Annual report of the Central Committee of the Association together with the report of the directors of the Pasteur Institute at Kasauli
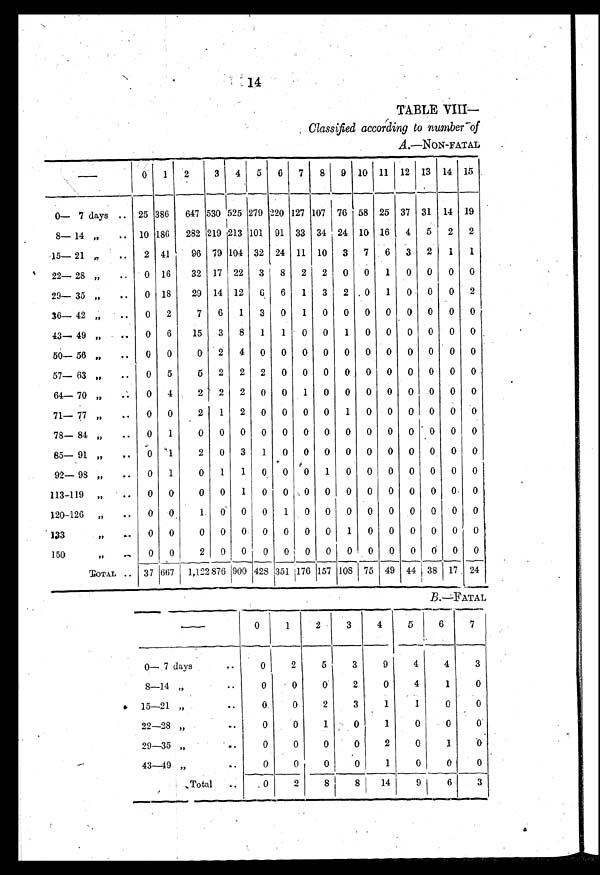
14
TABLE VIII—
Classified according to number of
A .—NON-FATAL
—
0 1
2 3
4
5
6
7
8
9 10 11 12 13 14 15
0—7 days
25 386
647 530 525 279 220 127 107 76 58 25 37 31 14 19
8— 14 „
10 186
282 219 213 101 91 33 34 24 10 16
4
5
2
2
15— 21 „
2 41
96 79 104 32 24 11 10
3
7
6
3
2
1
1
22— 28 „
0 16
32 17 22
3
8
2
2
0
0
1
0 0
0
0
29— 35 „
0 18
29 14 12
6
6
1
3
2
0
1
0
0
0 2
36— 42 „
0
2
7
6
1
3
0
1
0
0
0 0 0 0
0
0
43—49 „
0
6
15
3
8
1
1
0
0
1
0
0
0 0
0
0
50— 56 „
0
0
0
2
4
0
0
0 0
0
0
0
0 0
0
0
57— 63 „
0
5
5
2
2
2
0
0
0
0
0 0 0
0
0
0
64— 70 „
0
4
2
2
2
0
0
1
0
0
0
0
0 0
0
0
71— 77 „
0
0
2
1
2
0
0
0
0
1
0
0
0 0
0
0
78— 84 „
0
1
0
0
0
0
0
0 0. 0
0
0
0
0
0
0
85— 91 „
0
1
2
0
3
1
0
0 0
0
0
0 0 0
0
0
92— 98 „
0
1
0
1
1
0
0
0
1
0
0
0
0
0
0
0
113—119 „
0
0
0
0
1
0
0
0
0
0
0
0 0
0 0
0
120—126 „
0
0
1
0 0
0
1
0 0
0
0
0
0
0
0
0
133
0
0
0
0
0
0
0
0 0
1
0
0
0
0
0
0
150
,,
0
0
2
0
0
0 0
0
0
0 0
0
0
0
0
0
TOTAL
37 667 1,122 876 900 428 351 176 157 108 75 49 44 38 17 24
—
0
1
2
3
4
5
6
7
0— 7 days
0
2
5
3
9
4
4
3
8—14 „
0
0
0
2
0
4
1
0
15—21 „
0
0
2
3
1
1
0
0
22—28 ,,
0
0
1
0
1
0
0
0
29—35 „
0
0
0
0
2
0
1
0
43—49 „
0
0
0
0
1
0
0
0
Total
0
2
8
8
14
9
6
3